Civil Veterinary Department. Central Provinces & Berar 1932-41 - 1932-1941
Year: 1932
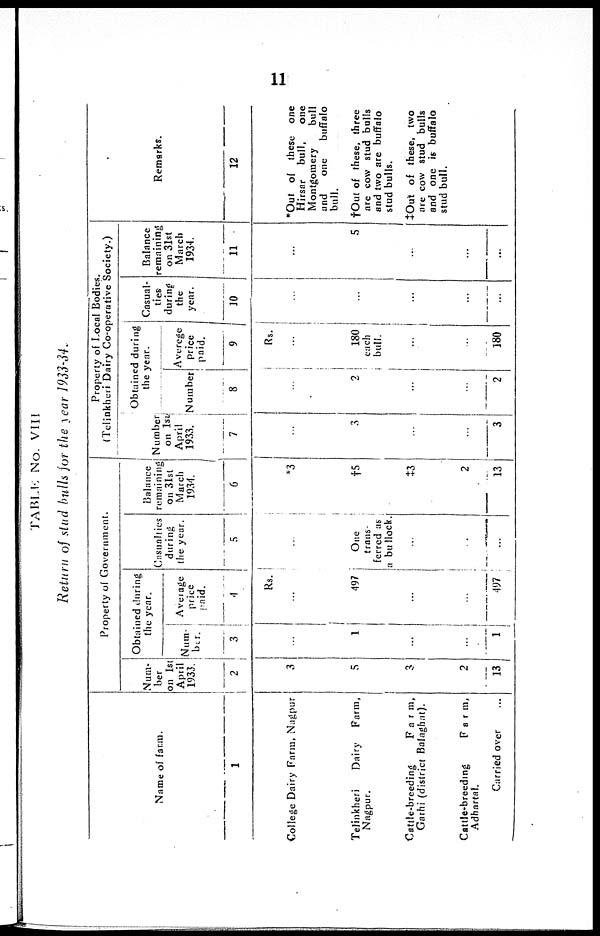
11
TABLE No. VIII
Return of stud bulls for the year 1933-34.
Name of farm.
1
College Dairy Farm, Nagpur
Telinkheri
Dairy
Farm,
Nagpur.
Cattle-breeding
Farm,
Garhi (district Balaghat).
Cattle-breeding
Farm,
Adhartal.
Carried over ...
Property of Government.
Num-
ber
on 1st
April
1933.
2
3
5
3
2
13
Obtained during
the year.
Num-
ber.
3
...
1
...
...
1
Average
price
paid.
4
Rs.
...
497
...
...
497
Casualties
during
the year.
5
...
One
trans-
ferred as
a bullock.
...
...
...
Balance
remaining
on 31st
March
1934.
6
*3
†5
‡3
2
13
Property of Local Bodies.
(Telinkheri Dairy Co-operative Society.)
Number
on 1st
April
1933.
7
...
3
...
...
3
Obtained during
the year.
Number
8
...
2
...
...
2
Averege
Price
paid.
9
Rs.
...
180
each
bull.
...
...
180
Casual-
ties
during
the
year.
10
...
...
...
...
...
Balance
remaining
on 31st
March
1934.
11
...
5
...
...
...
Remarks.
12
*Out of these one
Hirsar
bull,
one
Montgomery
bull
and
one
buffalo
bull.
†Out of these, three
are cow stud bulls
and two are buffalo
stud bulls.
‡Out of these, two
are cow stud bulls
and one is buffalo
stud bull.